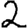
Digit: 2